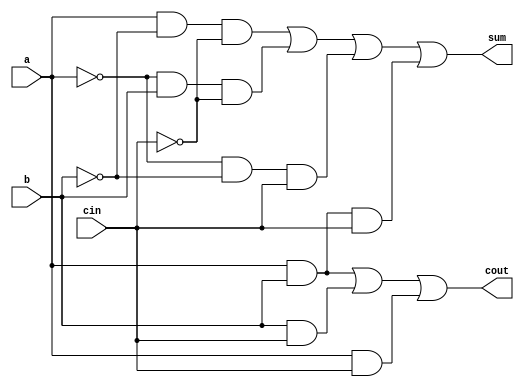
module adder1b (
	input a,
	input b,
	input cin,
	output sum,
	output cout);

	assign sum = (a & ~b & ~cin) | (~a & b & ~cin) | (~a & ~b & cin) | (a & b & cin);
	assign cout = (a & b) | (b & cin) | (a & cin);

endmodule